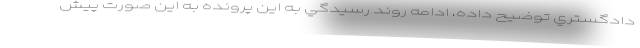
دادگستري توضيح داده، ادامه روند رسيدگي به اين پرونده به اين صورت پيش